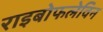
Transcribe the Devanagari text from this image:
राइबोफलेविन